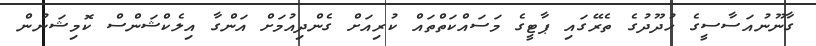
ގާނޫނުއަސާސީގެ ހުދޫދުގެ ތެރޭގައި ޕާޓީގެ މަސައްކަތްތައް ކުރިއަށް ގެންދިއުމަށް އަންގާ އިލެކްޝަންސް ކޮމިޝަނުން